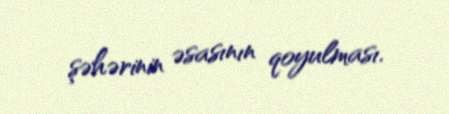
şəhərinin əsasının qoyulması.